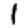
Digit: 1